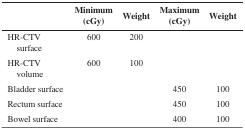
|  | Minimum (cGy) | Weight | Maximum (cGy) | Weight |
 | --- | --- | --- | --- | --- |
 | HR-CTV surface | 600 | 200 |  |  |
 | HR-CTV volume | 600 | 100 |  |  |
 | Bladder surface |  |  | 450 | 100 |
 | Rectum surface |  |  | 450 | 100 |
 | Bowel surface |  |  | 400 | 100 |